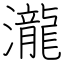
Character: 瀧